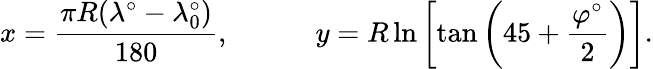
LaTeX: x={\frac{\pi R(\lambda^{\circ}-\lambda_{0}^{\circ})}{180}},\qquad\quad y=R\ln\left[\tan\left(45+{\frac{\varphi^{\circ}}{2}}\right)\right].